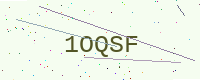
Text: 1OQSF